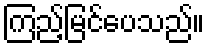
ကြည့်မြင်ပေသည်။